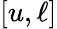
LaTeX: [u,\ell]